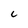
Character: C